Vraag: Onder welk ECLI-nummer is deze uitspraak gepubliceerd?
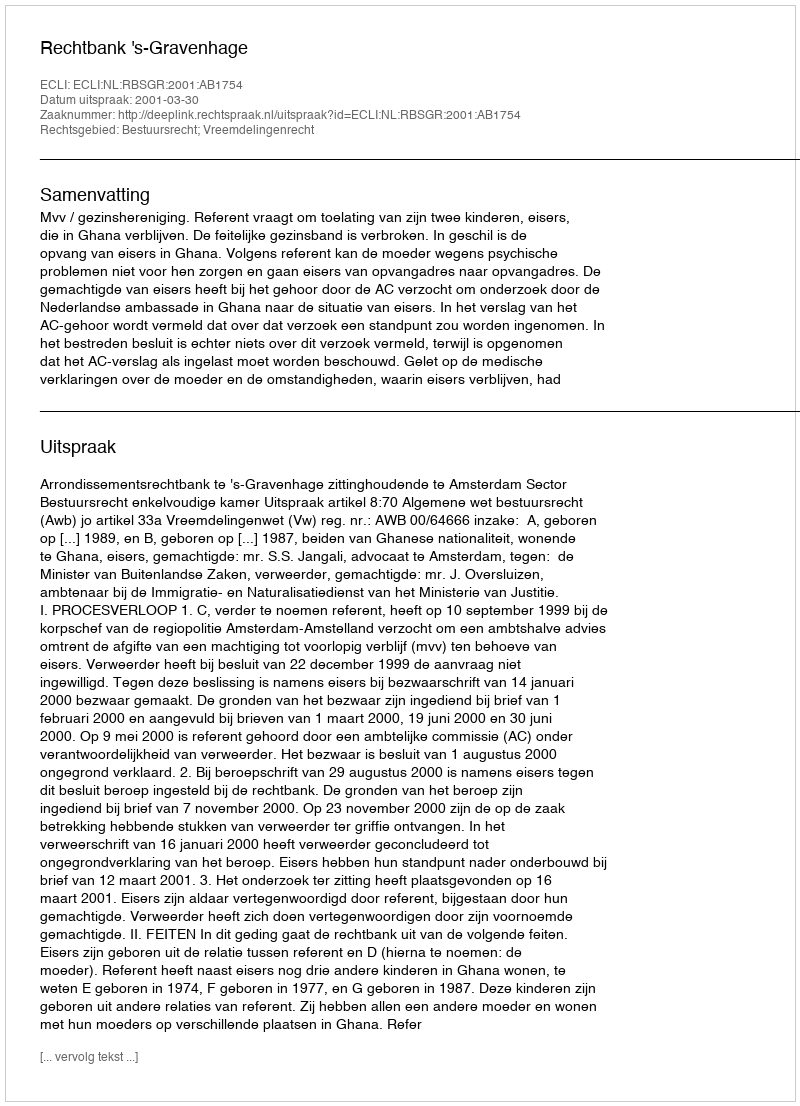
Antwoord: ECLI:NL:RBSGR:2001:AB1754